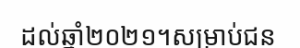
ដល់ឆ្នាំ២០២១។សម្រាប់ជន